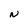
Character: N